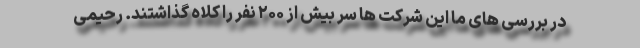
در بررسی های ما این شرکت ها سر بیش از ۲۰۰ نفر را کلاه گذاشتند. رحیمی